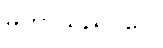
မဟာယညဝဂ္ဂေါ